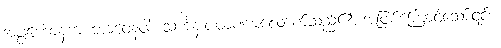
အပ္ပဟောနက ဘာဝေနဝါ၊ သင်္ကန်းပမာဏမလောက်သည်၏ အဖြစ်ကြောင့်သော်၎င်း။